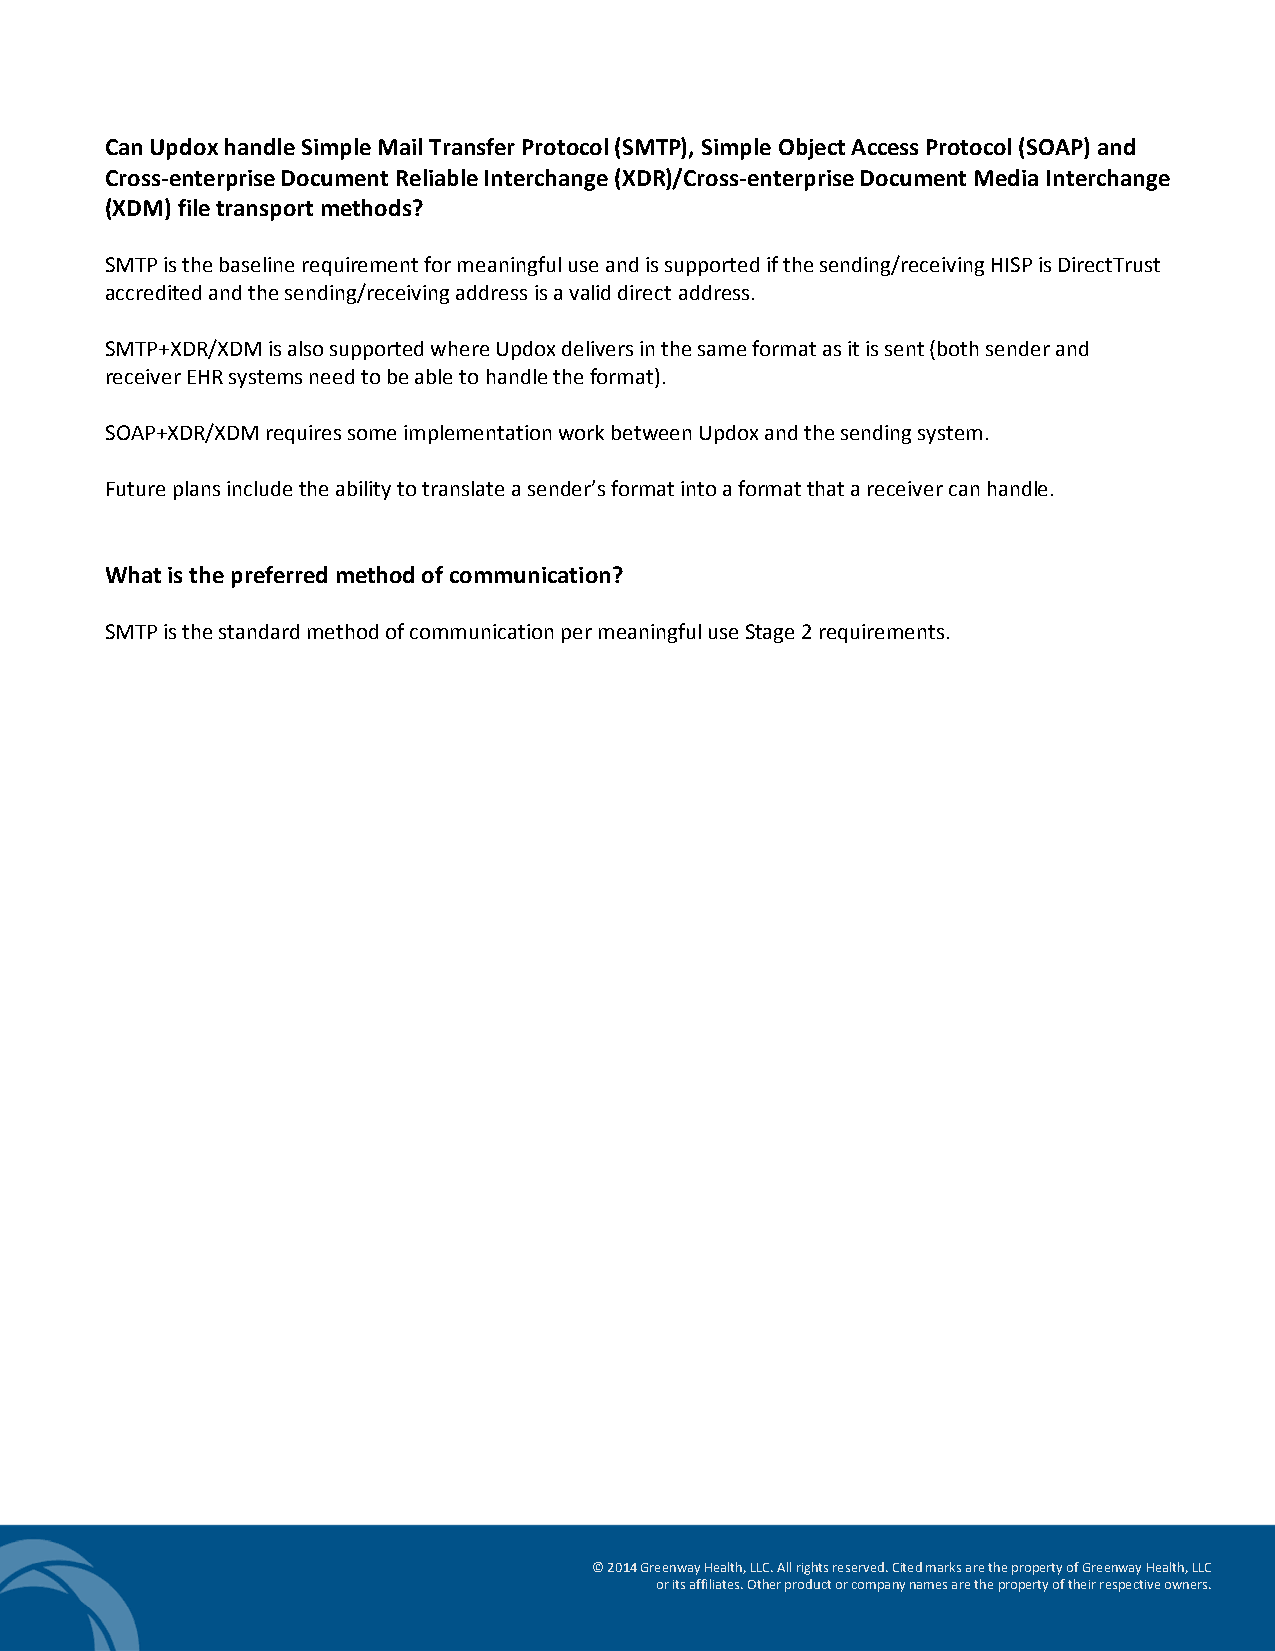
Can Updox handle Simple Mail Transfer Protocol (SMTP), Simple Object Access Protocol (SOAP) and
 Cross-enterprise Document Reliable Interchange (XDR)/Cross-enterprise Document Media Interchange
 (XDM) file transport methods?
 SMTP is the baseline requirement for meaningful use and is supported if the sending/receiving HISP is DirectTrust
 accredited and the sending/receiving address is a valid direct address.
 SMTP+XDR/XDM is also supported where Updox delivers in the same format as it is sent (both sender and
 receiver EHR systems need to be able to handle the format).
 SOAP+XDR/XDM requires some implementation work between Updox and the sending system.
 Future plans include the ability to translate a sender’s format into a format that a receiver can handle.
 What is the preferred method of communication?
 SMTP is the standard method of communication per meaningful use Stage 2 requirements.
 © 2014 Greenway Health, LLC. All rights reserved. Cited marks are the property of Greenway Health, LLC
 or its affiliates. Other product or company names are the property of their respective owners.